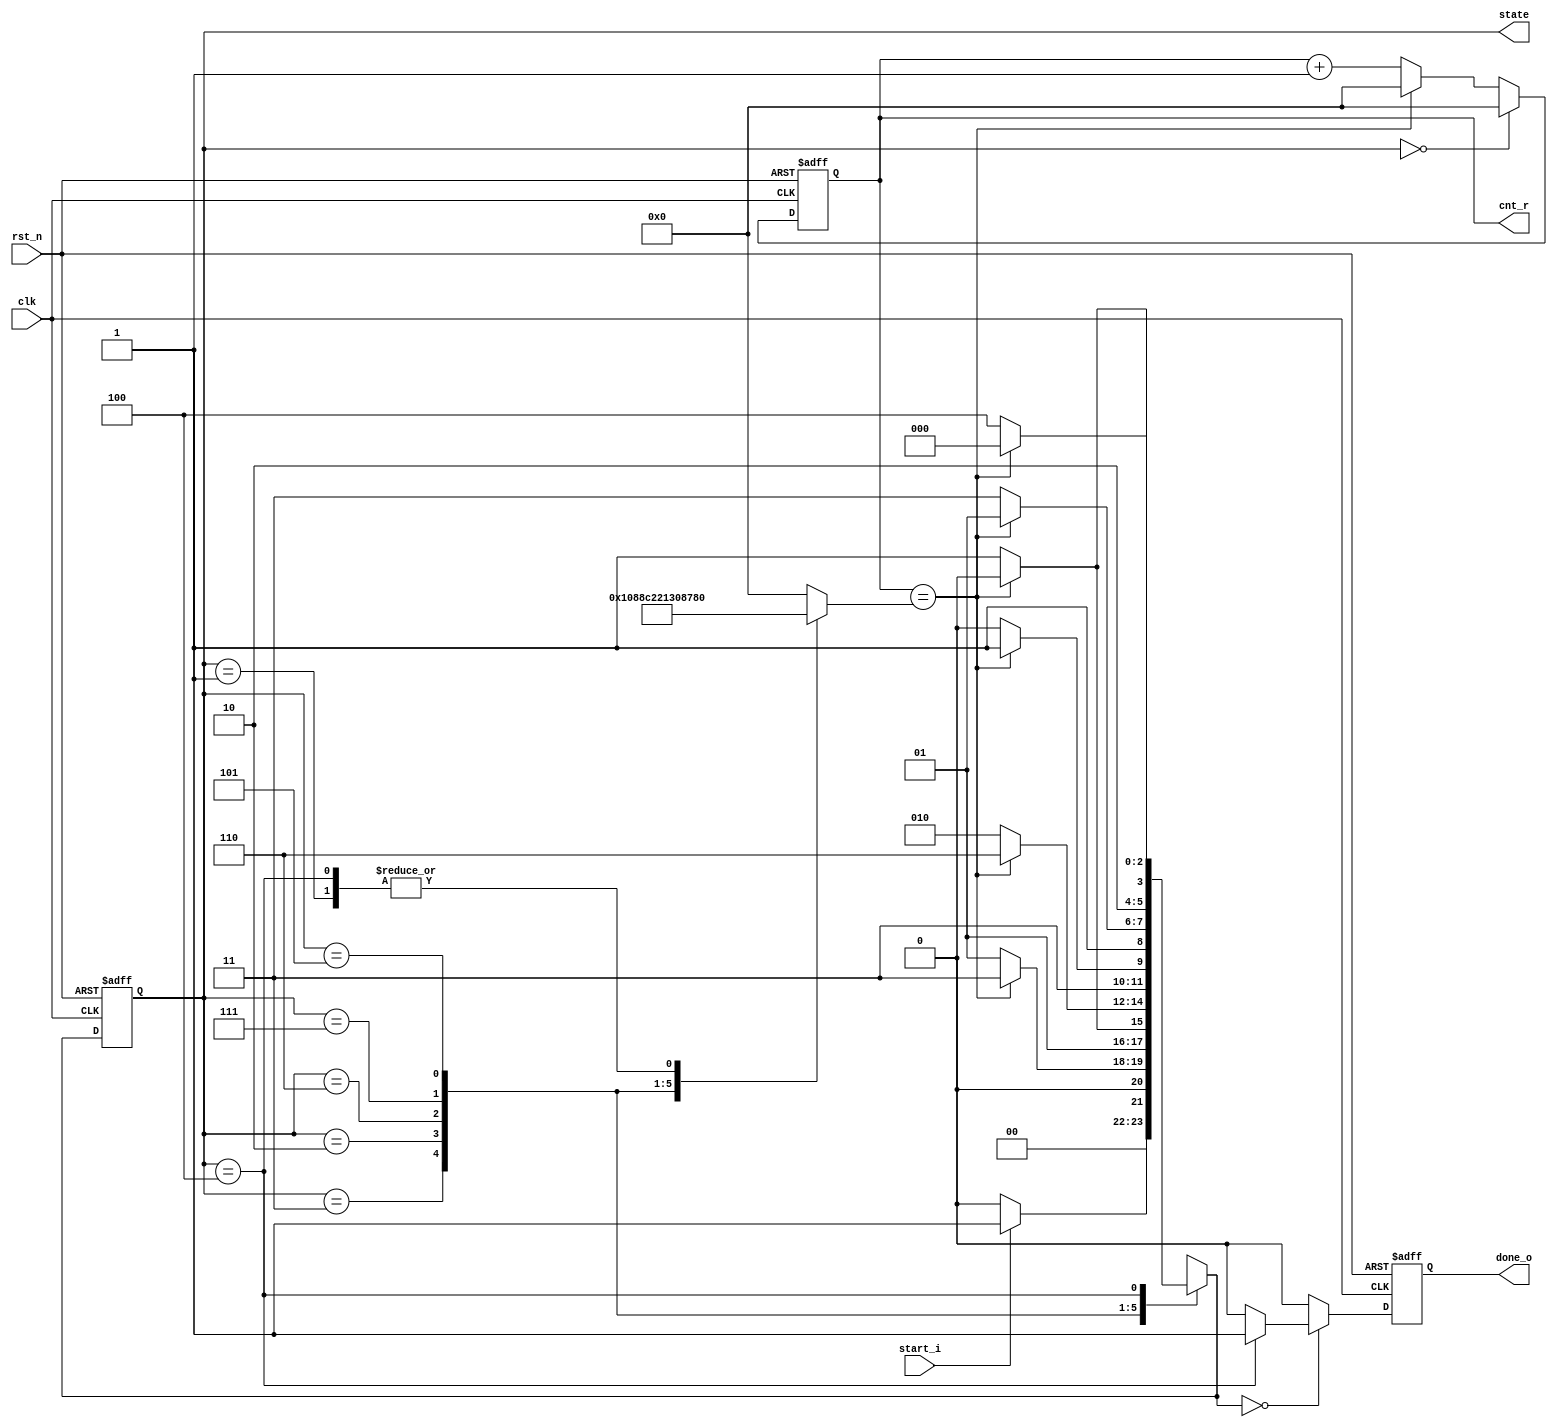
module db_controller(
						clk   		,				
                        rst_n 		,
                        start_i		,
                      
                        //output
                        done_o  	,
						cnt_r		,
						state		
					); 
//***********************************************************************************************************************************************
//                                             
//    							INPUT / OUTPUT DECLARATION                
//                                             
//***********************************************************************************************************************************************
input 		         	 clk				;
input                	 rst_n       	    ;
input                	 start_i     	    ;

output  reg 	         done_o				; 					
output  reg 	[8:0]    cnt_r				;
output  reg 	[2:0]    state				;
//***********************************************************************************************************************************************
//                                             
//    							TOP Controller signals              
//                                             
//***********************************************************************************************************************************************
parameter IDLE   = 3'b000, LOAD  = 3'b001, YVER  = 3'b011,YHOR	=3'b010;
parameter CVER   = 3'b110, CHOR  = 3'b111, OUTLT = 3'b101,OUT   =3'b100;

reg     [2:0]   next		;

reg     [8:0]   cycles		;

reg             isluma      ;
reg             isver       ;

always@* begin
	case(state)
		LOAD :cycles	=  'd384   ;
		YVER :cycles    =  'd132   ;
        YHOR :cycles    =  'd140   ;
		CVER :cycles    =  'd68    ;
        CHOR :cycles    =  'd76    ;
       OUTLT :cycles	=  'd67    ;
	   OUT   :cycles	=  'd384   ;
     default :cycles	=  'd0	   ;
	endcase
end


always @(posedge clk or negedge rst_n)	begin
	if(!(rst_n))
		cnt_r	<=	8'd0;
	else if(!state)
		cnt_r	<=	8'd0;	
	else if(cnt_r	==	cycles)
		cnt_r	<=	8'd0;
	else 
        cnt_r	<=	cnt_r	+	1'b1;
end


always @* begin
	case(state)
		IDLE:begin
			if(start_i)
				next	=	LOAD	;
			else 
				next	=	IDLE	;
        end	
	    LOAD:begin
			if(cnt_r	==	cycles)
				next	=	YVER		;
			else
				next	=	LOAD	;
		end
		YVER:begin
			if(cnt_r	==	cycles)
				next	=	YHOR		;
			else
				next	=	YVER		;
		end
		YHOR:begin
			if(cnt_r	==	cycles)
				next	=	CVER		;
			else
				next	=	YHOR	 	;	
		end
		CVER:begin
			if(cnt_r	==	cycles)
				next	=	CHOR		;
			else
				next	=	CVER	 	;	
		end	
		CHOR:begin
			if(cnt_r	==	cycles)
				next	=	OUTLT		;
			else
				next	=	CHOR	 	;	
		end		
	  OUTLT:begin
			if(cnt_r	==	cycles)
				next	=	OUT			;
			else	
				next	=	OUTLT		;
		end	
       OUT:begin
			if(cnt_r	==	cycles)
				next	=	IDLE		;
			else
				next	=	OUT			;
		end				
	endcase
end

always @(posedge clk or negedge rst_n)begin
	if(!rst_n)
		state   <=    	IDLE   		;
	else    			
        state   <=    	next   		;
end 

wire 	done_w	= (state==OUT)?1'b1:1'b0;

always@(posedge clk or negedge rst_n)begin
	if(!rst_n)
		done_o	<=	1'b0			;
	else if(next==IDLE)
		done_o  <=   done_w			;
	else 
		done_o  <=   1'b0			;
end


always @* begin
	case(state)
		YVER,
		YHOR:isluma	=	1'b1;
	 default:isluma =	1'b0;
	endcase
end

always @* begin
	case(state)
		YVER,
		CVER:isver	=	1'b1;
	 default:isver =	1'b0;
	endcase
end




endmodule